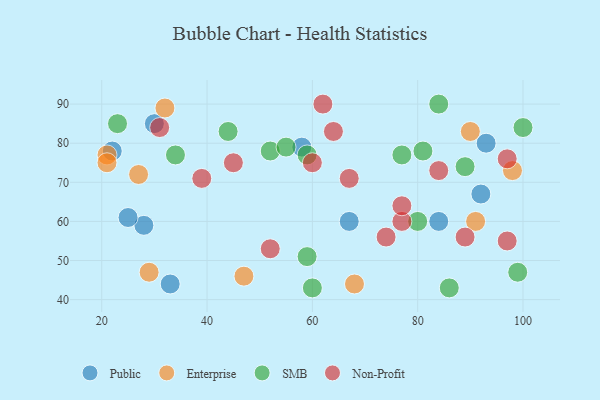
{"axis": {"x": "GDP", "y": "Life Expectancy"}, "legend": ["Enterprise", "Non-Profit", "Public", "SMB"], "data": [{"x": "84", "y": 60, "type": "Public"}, {"x": "93", "y": 80, "type": "Public"}, {"x": "92", "y": 67, "type": "Public"}, {"x": "22", "y": 78, "type": "Public"}, {"x": "28", "y": 59, "type": "Public"}, {"x": "33", "y": 44, "type": "Public"}, {"x": "58", "y": 79, "type": "Public"}, {"x": "25", "y": 61, "type": "Public"}, {"x": "67", "y": 60, "type": "Public"}, {"x": "30", "y": 85, "type": "Public"}, {"x": "90", "y": 83, "type": "Enterprise"}, {"x": "29", "y": 47, "type": "Enterprise"}, {"x": "21", "y": 77, "type": "Enterprise"}, {"x": "47", "y": 46, "type": "Enterprise"}, {"x": "98", "y": 73, "type": "Enterprise"}, {"x": "68", "y": 44, "type": "Enterprise"}, {"x": "27", "y": 72, "type": "Enterprise"}, {"x": "91", "y": 60, "type": "Enterprise"}, {"x": "32", "y": 89, "type": "Enterprise"}, {"x": "21", "y": 75, "type": "Enterprise"}, {"x": "52", "y": 78, "type": "SMB"}, {"x": "23", "y": 85, "type": "SMB"}, {"x": "84", "y": 90, "type": "SMB"}, {"x": "34", "y": 77, "type": "SMB"}, {"x": "77", "y": 77, "type": "SMB"}, {"x": "59", "y": 51, "type": "SMB"}, {"x": "55", "y": 79, "type": "SMB"}, {"x": "80", "y": 60, "type": "SMB"}, {"x": "44", "y": 83, "type": "SMB"}, {"x": "100", "y": 84, "type": "SMB"}, {"x": "59", "y": 77, "type": "SMB"}, {"x": "60", "y": 43, "type": "SMB"}, {"x": "99", "y": 47, "type": "SMB"}, {"x": "81", "y": 78, "type": "SMB"}, {"x": "86", "y": 43, "type": "SMB"}, {"x": "89", "y": 74, "type": "SMB"}, {"x": "62", "y": 90, "type": "Non-Profit"}, {"x": "64", "y": 83, "type": "Non-Profit"}, {"x": "77", "y": 60, "type": "Non-Profit"}, {"x": "60", "y": 75, "type": "Non-Profit"}, {"x": "67", "y": 71, "type": "Non-Profit"}, {"x": "45", "y": 75, "type": "Non-Profit"}, {"x": "74", "y": 56, "type": "Non-Profit"}, {"x": "31", "y": 84, "type": "Non-Profit"}, {"x": "84", "y": 73, "type": "Non-Profit"}, {"x": "97", "y": 76, "type": "Non-Profit"}, {"x": "77", "y": 64, "type": "Non-Profit"}, {"x": "39", "y": 71, "type": "Non-Profit"}, {"x": "97", "y": 55, "type": "Non-Profit"}, {"x": "52", "y": 53, "type": "Non-Profit"}, {"x": "89", "y": 56, "type": "Non-Profit"}]}